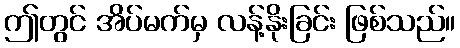
ဤတွင် အိပ်မက်မှ လန့်နိုးခြင်း ဖြစ်သည်။